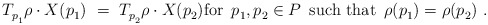
\begin{align*} T_{p_1^{}}^{} \rho \cdot X(p_1^{})~=~T_{p_2^{}}^{} \rho \cdot X(p_2^{}) \mbox{for $\, p_1^{},p_2^{} \in P \,$ such that $\, \rho(p_1^{}) = \rho(p_2^{})$}~.\end{align*}